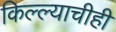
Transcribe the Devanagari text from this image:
किल्ल्याचीही